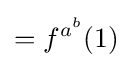
=f^{a^{b}}(1)